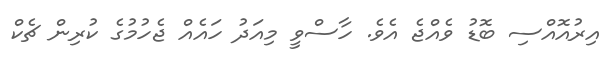
އިރުއޮއްސި ބޮޑު ވެއްޖެ އެވެ. ހާސްވީ މިއަދު ހައެއް ޖެހުމުގެ ކުރިން ޗެކް